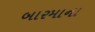
બારમાના